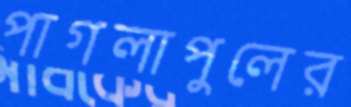
পাগলাপুলের